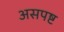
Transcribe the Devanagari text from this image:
असपष्ट